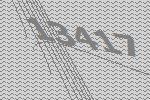
13417